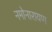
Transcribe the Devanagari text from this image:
नमोनारायण